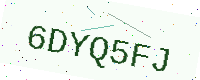
Text: 6DYQ5FJ